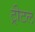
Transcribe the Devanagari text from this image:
ट्रीटल